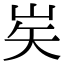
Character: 㞺